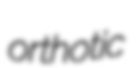
orthotic